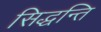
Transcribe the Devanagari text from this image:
सिद्धन्ति